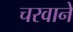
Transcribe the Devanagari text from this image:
चरवाने